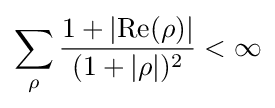
\sum _{\rho }{\frac {1+\left|\operatorname {Re} (\rho )\right|}{(1+|\rho |)^{2}}}<\infty